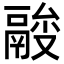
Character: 𩰼